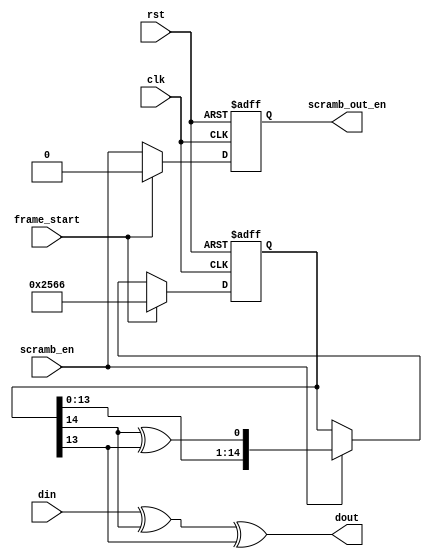

module scrambler(clk, rst, frame_start,scramb_en, din, dout, scramb_out_en);
    input clk;
    input rst;
    input scramb_en;
    input din;
    input frame_start;
    output dout;
    output scramb_out_en;

    wire dout;
    reg scramb_out_en;
    reg [14:0] regarr;
    
    wire temp;
    
    parameter SEED = 15'h2566;
    
    assign dout = din^regarr[14]^regarr[13];
	assign temp = regarr[14]^regarr[13];
    
    always@(posedge clk, negedge rst)
	begin
		if(!rst)
        begin
			  regarr <= SEED;
            //dout <= 0;
           scramb_out_en <= 0;
        end
    else if(frame_start)
      begin
        regarr <= SEED;
        //dout <= 0;
        scramb_out_en <= 0;
      end
        else 
        begin
            scramb_out_en <= scramb_en;
      
            if (scramb_en)
            begin
                regarr <= {regarr[13:0],temp};
                //dout <= din^temp;
            end
        end
    end
endmodule